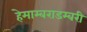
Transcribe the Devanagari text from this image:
हेमाम्बराडम्बरी